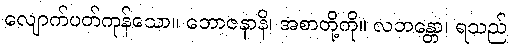
လျောက်ပတ်ကုန်သော။ ဘောဇနာနိ၊ အစာတို့ကို။ လဘန္တော၊ ရသည်